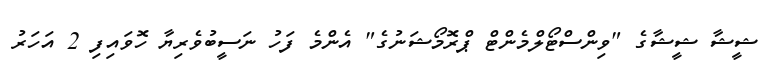
ޝީޝާ ޝީޝާގެ "ވިންސްޓޯލްމެންޓް ޕްރޮމޯޝަނުގެ" އެންމެ ފަހު ނަސީބުވެރިޔާ ހޮވައިފި 2 އަހަރު